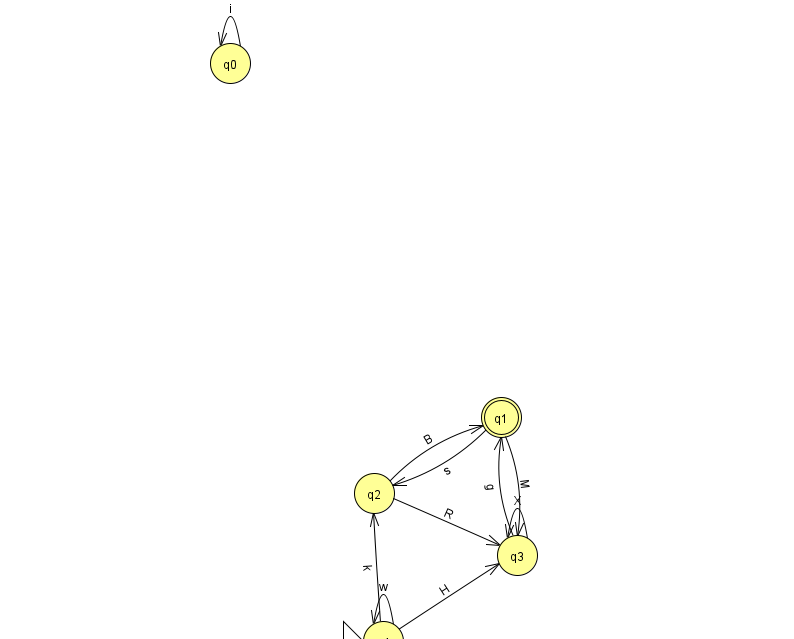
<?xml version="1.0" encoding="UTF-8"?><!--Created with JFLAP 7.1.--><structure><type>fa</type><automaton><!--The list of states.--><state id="0" name="q0"><x>230.0</x><y>50.0</y></state><state id="1" name="q1"><x>501.0</x><y>404.0</y><final/></state><state id="2" name="q2"><x>374.0</x><y>480.0</y></state><state id="3" name="q3"><x>517.0</x><y>542.0</y></state><state id="4" name="q4"><x>383.0</x><y>628.0</y><initial/></state><!--The list of transitions.--><transition><from>4</from><to>3</to><read>H</read></transition><transition><from>1</from><to>3</to><read>M</read></transition><transition><from>2</from><to>1</to><read>B</read></transition><transition><from>1</from><to>2</to><read>s</read></transition><transition><from>4</from><to>4</to><read>w</read></transition><transition><from>3</from><to>1</to><read>g</read></transition><transition><from>3</from><to>3</to><read>X</read></transition><transition><from>0</from><to>0</to><read>i</read></transition><transition><from>4</from><to>2</to><read>k</read></transition><transition><from>2</from><to>3</to><read>R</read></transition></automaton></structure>